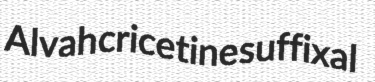
Alvah cricetine suffixal